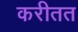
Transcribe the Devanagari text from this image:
करीतत